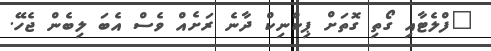
"ފްލެޓާއި ގޯތި ގޮތަށް ޕިކްނިކް ދާނެ ރަށެއް ވެސް އެބަ ލިބެން ޖެހޭ.